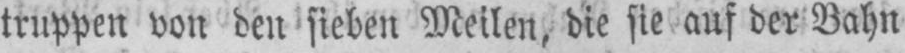
truppen von den sieben Meilen, die sie auf der Bahn